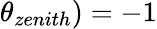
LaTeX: \theta_{zenith})=-1